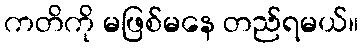
ကတိကို မဖြစ်မနေ တည်ရမယ်။